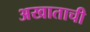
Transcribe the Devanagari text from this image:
अखाताची